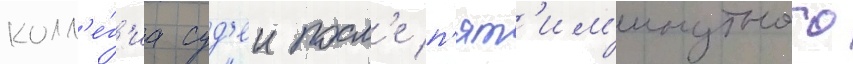
колл'е́г'иа суд'еи посл'е п'ят'им'инутного